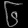
Digit: ၆